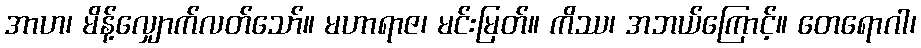
အာဟ၊ မိန့်လျှောက်လတ်သော်။ မဟာရာဇ၊ မင်းမြတ်။ ကိဿ၊ အဘယ်ကြောင့်။ တေရောဂါ၊